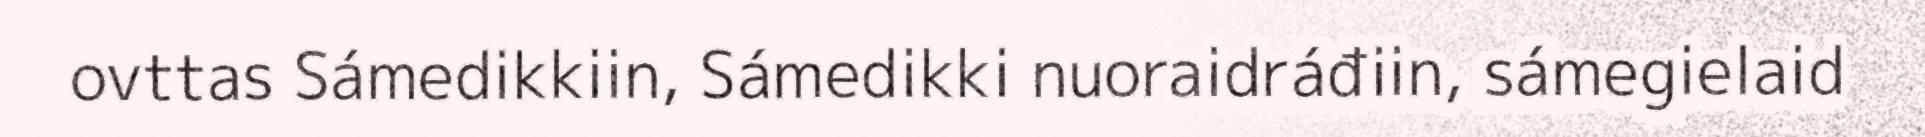
ovttas Sámedikkiin, Sámedikki nuoraidráđiin, sámegielaid